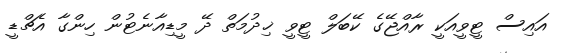
އައިސް ޓީވީއަކީ ރާއްޖޭގެ ކޭބަލް ޓީވީ ޚިދުމަތް ދޭ މީޑިއާނެޓުން ހިންގާ އެޗްޑީ